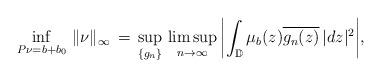
LaTeX: \begin{align*}\inf_{P\nu = b + b_0} \, \|\nu\|_\infty \, = \, \sup_{\{g_n\}} \, \limsup_{n \to \infty} \, \biggl | \int_{\mathbb{D}} {\mu}_b(z) \overline{g_n(z)} \, |dz|^2 \biggr |,\end{align*}